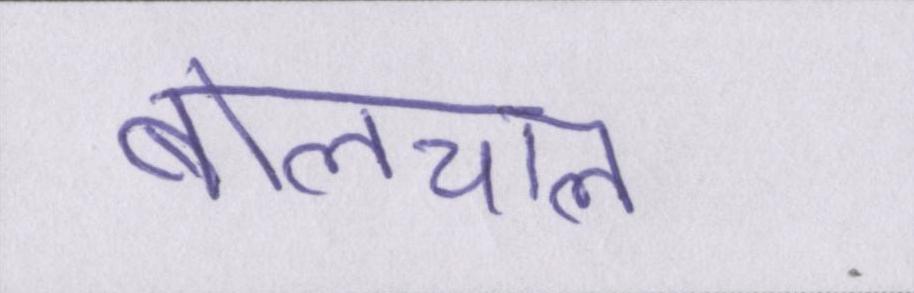
बोलचाल